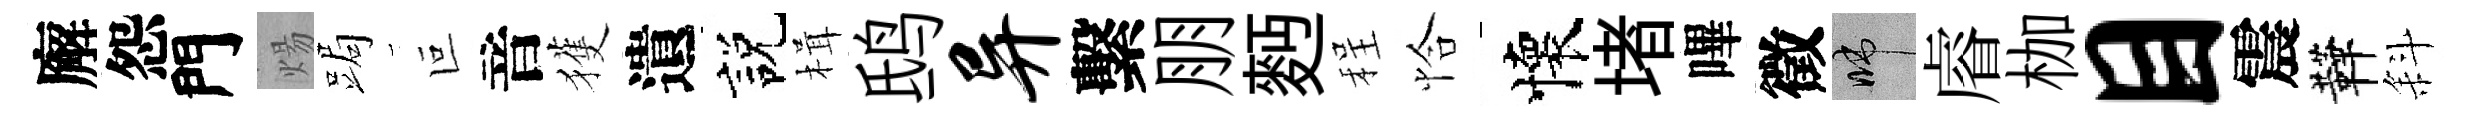
廨怨門煬跼叵音獲遺説楫鸱异繫朋麪程恰懷堵嗶徵啼𥈠枷目震鞾斜